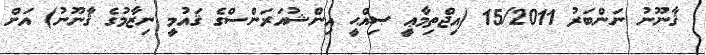
ޤާނޫނު ނަންބަރު 15/2011 (އިޖްތިމާޢީ ޞިއްޙީ އިންޝުއަރަންސްގެ ޤައުމީ ނިޒާމުގެ ޤާނޫނު) އަށް